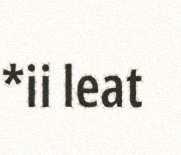
*ii leat